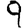
Digit: 9